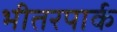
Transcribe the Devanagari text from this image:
भीतरपार्क